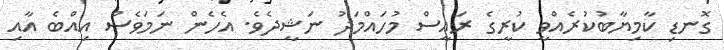
ގޮނޑި ކާމިޔާބުކުރެއްވީ ކުރީގެ ރައީސް މުހައްމަދު ނަޝީދެވެ. އެހެން ނަމަވެސް އިއްބެ އާއި